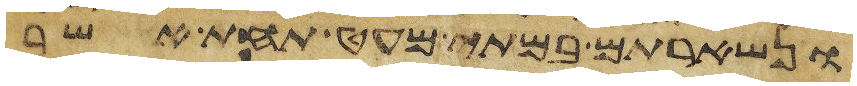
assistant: ונשארתם במתי מעט תחת אשר